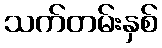
သက်တမ်းနှစ်